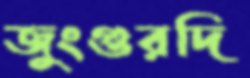
জুংগুরদি